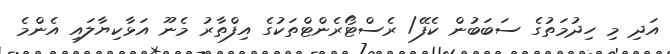
އަދި މި ހިދުމަތުގެ ސަބަބުން ކެފޭ/ ރެސްޓޯރެންޓްތަކުގެ އިފްތާރު މެނޫ އަޅާކިޔާލައި އެންމެ